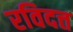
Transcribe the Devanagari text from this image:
रविदत्त